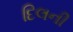
દિલની